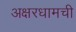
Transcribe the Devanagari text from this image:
अक्षरधामची